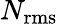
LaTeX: N_{\mathrm{rms}}